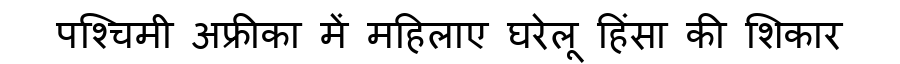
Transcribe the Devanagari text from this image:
पश्चिमी अफ्रीका में महिलाए घरेलू हिंसा की शिकार